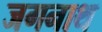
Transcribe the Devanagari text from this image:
जगनाथ